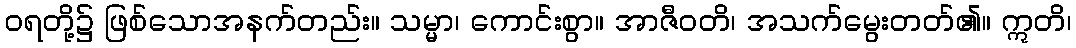
ဝရတို့၌ ဖြစ်သောအနက်တည်း။ သမ္မာ၊ ကောင်းစွာ။ အာဇီဝတိ၊ အသက်မွေးတတ်၏။ ဣတိ၊